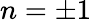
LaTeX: n=\pm 1